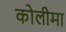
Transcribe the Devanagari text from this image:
कोलीमा